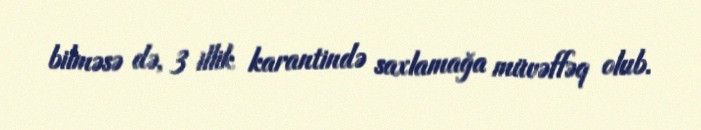
bilməsə də, 3 illik karantində saxlamağa müvəffəq olub.